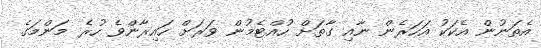
އެތަނުން އެކަކު އަހަރެން ނާއި ގާތަށް ހުއްޓެމުން ވަރަށް ހައިރާންވެ ހުރެ މަންމަގެ